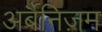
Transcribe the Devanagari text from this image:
अर्बैनिज़म